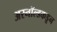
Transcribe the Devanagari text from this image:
अरनॉल्डकडून